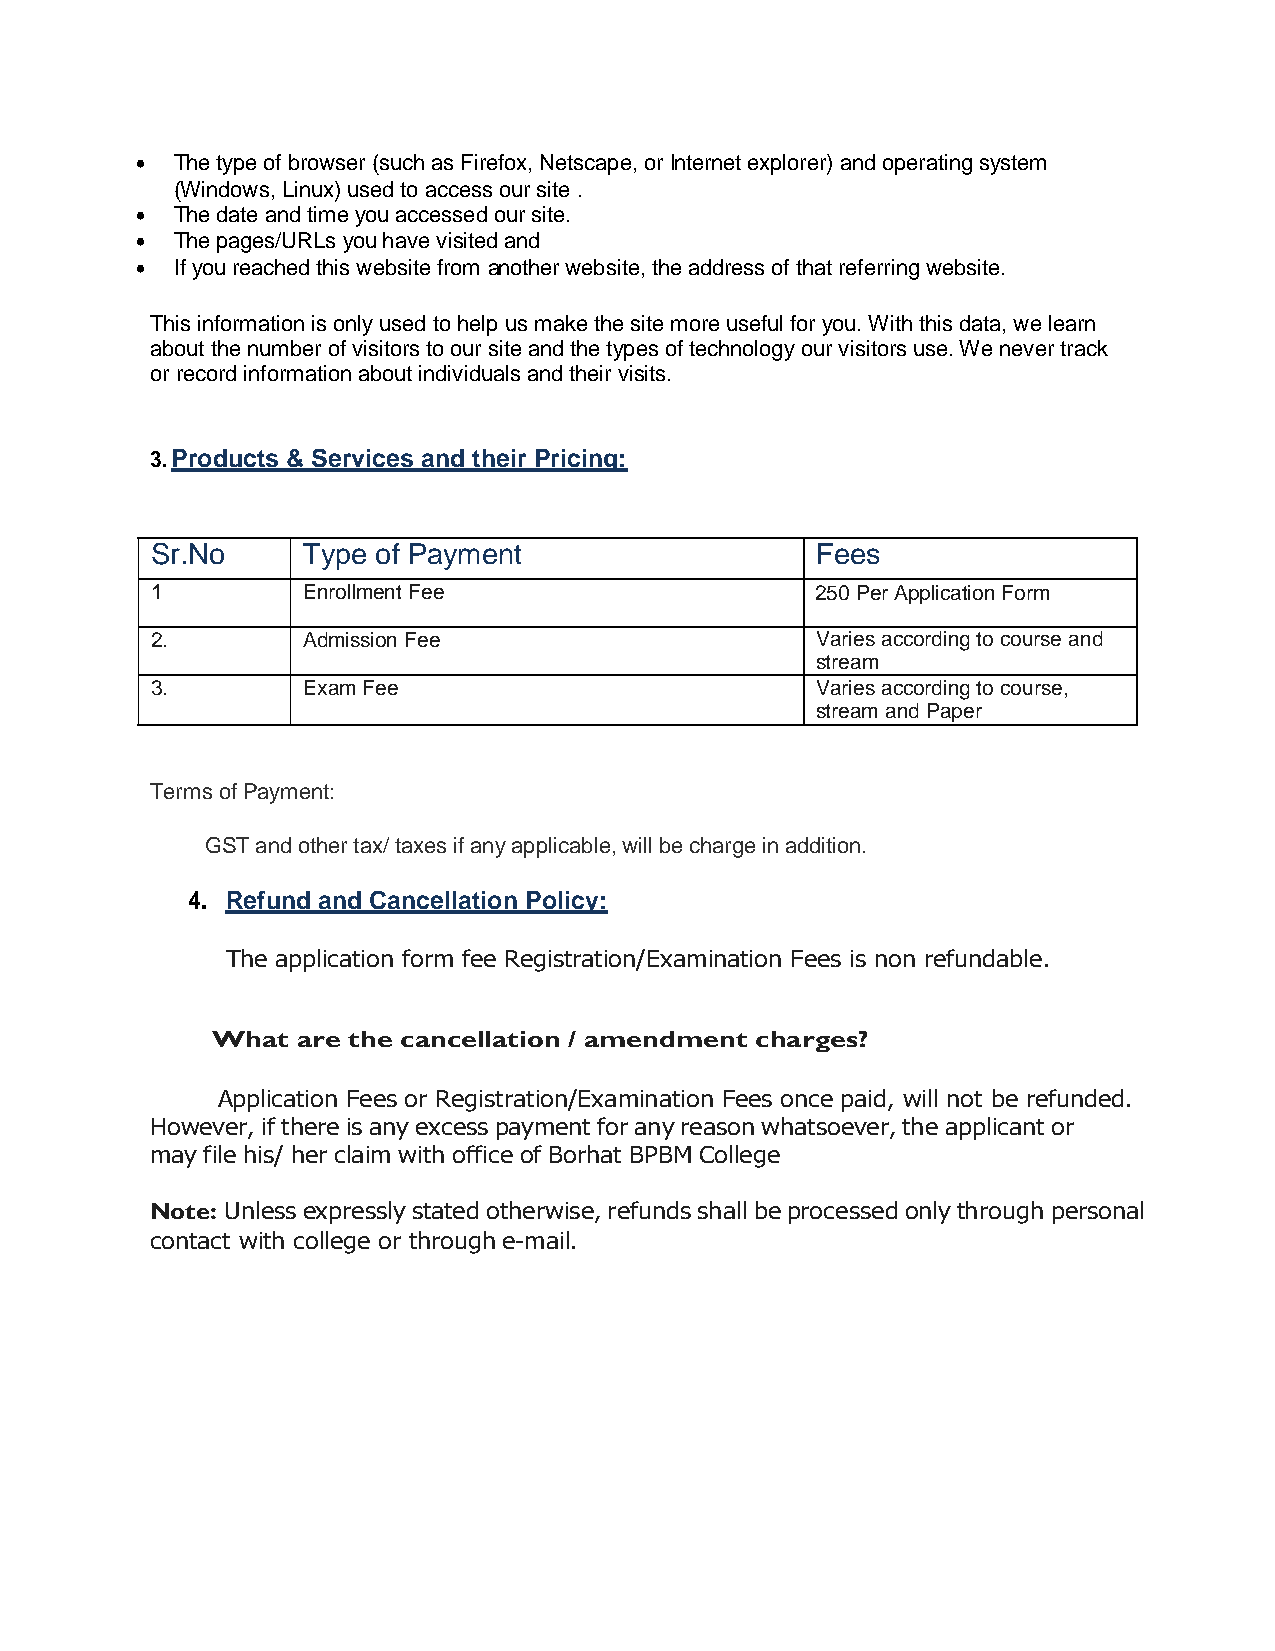
 The type of browser (such as Firefox, Netscape, or Internet explorer) and operating system
 (Windows, Linux) used to access our site .
  The date and time you accessed our site.
  The pages/URLs you have visited and
  If you reached this website from another website, the address of that referring website.
 This information is only used to help us make the site more useful for you. With this data, we learn
 about the number of visitors to our site and the types of technology our visitors use. We never track
 or record information about individuals and their visits.
 3. Products & Services and their Pricing:
 Sr.No     Type of Payment                   Fees
 1         Enrollment Fee                    250 Per Application Form
 2.        Admission Fee                     Varies according to course and
 stream
 3.        Exam Fee                          Varies according to course,
 stream and Paper
 Terms of Payment:
 GST and other tax/ taxes if any applicable, will be charge in addition.
 4. Refund and Cancellation Policy:
 The application form fee Registration/Examination Fees is non refundable.
 What  are the cancellation / amendment charges?
 Application Fees or Registration/Examination Fees once paid, will not be refunded.
 However, if there is any excess payment for any reason whatsoever, the applicant or
 may file his/ her claim with office of Borhat BPBM College
 Note: Unless expressly stated otherwise, refunds shall be processed only through personal
 contact with college or through e-mail.